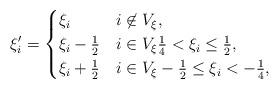
LaTeX: \begin{align*} \xi'_i= \begin{cases} \xi_i & i\not\in V_{\xi},\\ \xi_i-\frac{1}{2} & i\in V_{\xi} \frac{1}{4}<\xi_i\le\frac{1}{2},\\ \xi_i+\frac{1}{2} & i\in V_{\xi} -\frac{1}{2}\le\xi_i<-\frac{1}{4}, \end{cases}\end{align*}